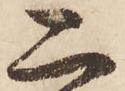
公